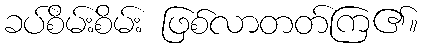
ခပ်စိမ်းစိမ်း ဖြစ်လာတတ်ကြ၏။